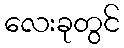
လေးခုတွင်